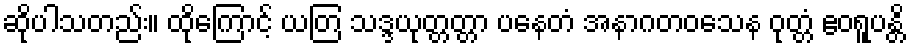
ဆိုပါသတည်း။ ထိုကြောင့် ယတြ သဒ္ဒယုတ္တတ္တာ ပနေတံ အနာဂတဝသေန ဝုတ္တံ ဧဝရူပန္တိ